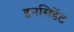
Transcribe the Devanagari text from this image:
इनसिडेंट